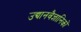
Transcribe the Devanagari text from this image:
उद्यानवैज्ञानिकों